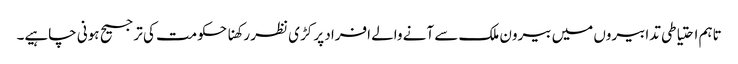
تاہم احتیاطی تدابیروں میں بیرون ملک سے آنے والے افراد پر کڑی نظر رکھنا حکومت کی ترجیح ہونی چاہیے۔